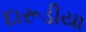
દારૂડીયા